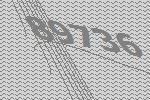
89736